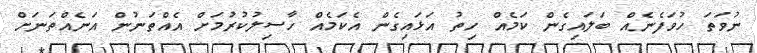
ނުވަތަ ހުވަފެނެއް ބަލައިގެން ކަމެއް ހިތު އަޅައިގެން އެކަމެއް ހާސިލުކުރުމަށް އެއްތަނުން އަނެއްތަނަށް